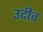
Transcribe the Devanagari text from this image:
उदीच